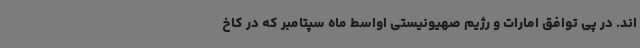
اند. در پی توافق امارات و رژیم صهیونیستی اواسط ماه سپتامبر که در کاخ